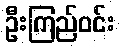
ဦးကြည်ဝင်း